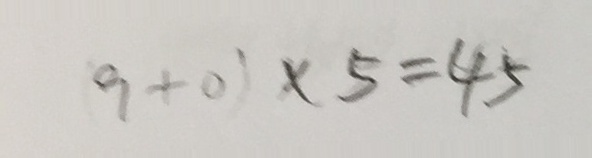
( 9 + 0 ) \times 5 = 4 5